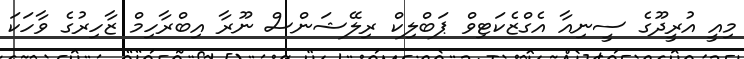
މިއީ އުރީދޫގެ ސީނިއާ އެގްޒެކަޓިވް ޕަބްލިކް ރިލޭޝަންސް ނޫރާ އިބްރާހިމް ޒާހިރުގެ ވާހަކަ